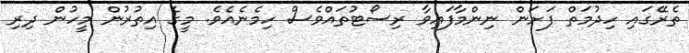
ތެރޭގައި ހިދުމަތް ފަށަން ނިންމާފައިވާ ރިސޯޓުތައްވެސް ހިމެނެއެވެ. މީގެ އިތުރުން މީހުން ދިރި